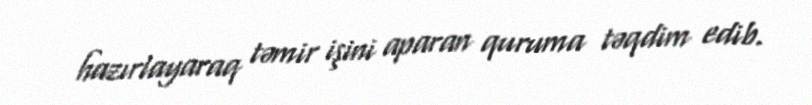
hazırlayaraq təmir işini aparan quruma təqdim edib.